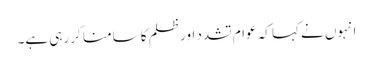
انہوں نے کہا کہ عوام تشدد اور ظلم کا سامنا کر رہی ہے۔